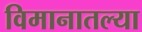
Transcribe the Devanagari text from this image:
विमानातल्या